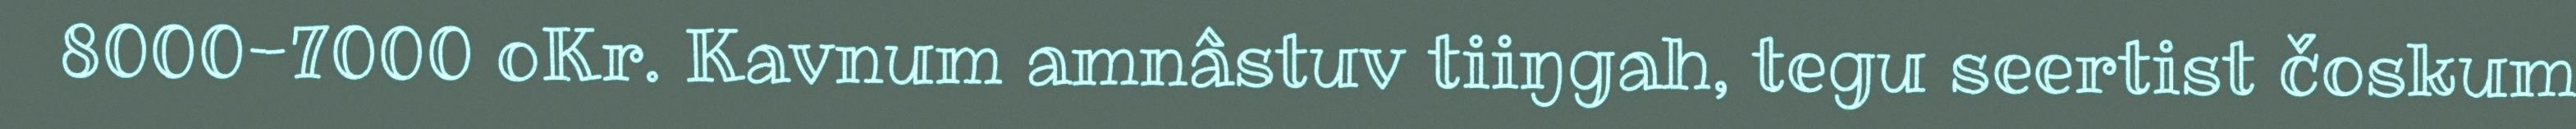
8000-7000 oKr. Kavnum amnâstuv tiiŋgah, tegu seertist čoskum